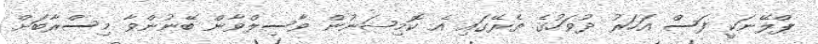
ޕްލޭނަކީ ފަސް އަހަރު ދުވަހުގެ ތެރޭގައި އެ ކޮމިޝަނުން ވާސިލްވާން ބޭނުންވާ މިސްރާބަށް